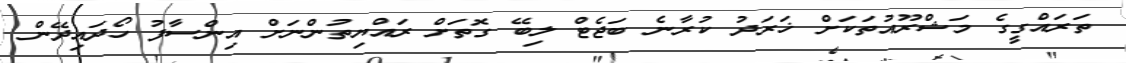
ތަރައްގީގެ މަޝްރޫއުތަކަށް ޚަރަދު ކުރާނެ ބަޖެޓް ލިބޭ ގޮތަށް ރައްޔިތުންނަށް އިންސާފު ހޯދައިދޭން